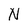
Character: N